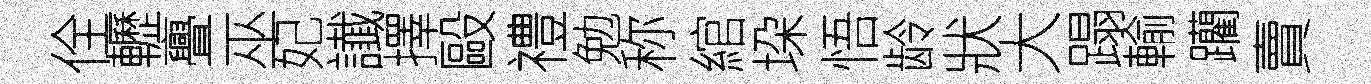
佺轣亹巫妃䜟擇毆禮勉称綰垜悟龄狀大蹋輸躪賣